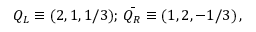
Q _ { L } \equiv ( 2 , 1 , 1 / 3 ) ; \, \bar { Q _ { R } } \equiv ( 1 , 2 , - 1 / 3 ) \, ,